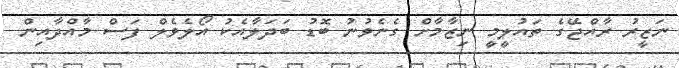
ނަޒީރު ރާއްޖޭގެ ތައުލީމީ ނިޒާމާށް ގެނެވުނު ބޮޑު ބަދަލާއެކު އޯލެވެލް ފަސް މާއްދާއިން